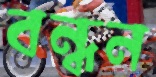
বন্ধন